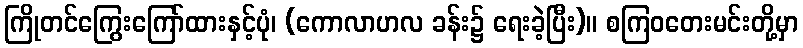
ကြိုတင်ကြွေးကြော်ထားနှင့်ပုံ၊ (ကောလာဟလ ခန်း၌ ရေးခဲ့ပြီး)။ စကြဝတေးမင်းတို့မှာ